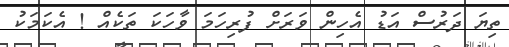
ތިޔަ ދަރުސް އަޑު އެހިން ވަރަށް ފުރިހަމަ ވާހަކަ ތަކެއް ! އެކަމަކު